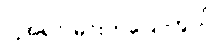
ငါ့အရင် မင်းကပြောကွယ်